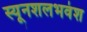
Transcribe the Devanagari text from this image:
स्यूनशलभवंश